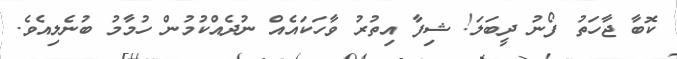
ކޮބާ ޖާހަތު ފޯނު ދީބަލަ! ޝިފާ އިތުރު ވާހަކައެއް ނުދެއްކުމުން ހުމާމު ބުނެލިއެވެ.